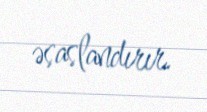
əsaslandırır.